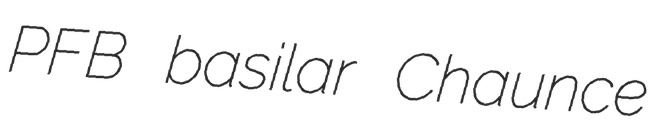
PFB basilar Chaunce